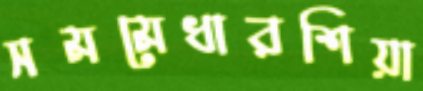
সমমেধারশিয়া